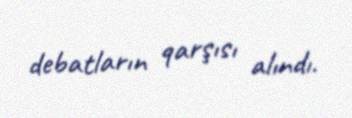
debatların qarşısı alındı.